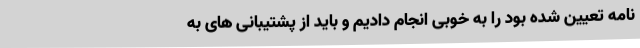
نامه تعیین شده بود را به خوبی انجام دادیم و باید از پشتیبانی های به